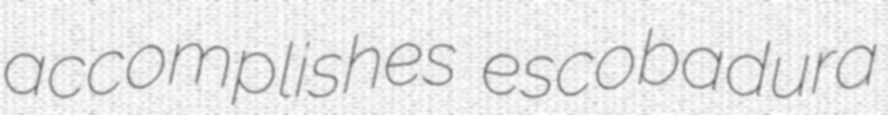
accomplishes escobadura